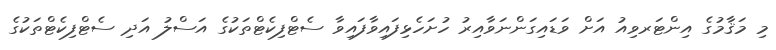
މި މަޤާމުގެ އިންޓަރވިއު އަށް ވަޑައިގަންނަވާއިރު ހުށަހެޅިފައިވާފައިވާ ސެޓްފިކެޓްތަކުގެ އަސްލު އަދި ސެޓްފިކެޓްތަކުގެ